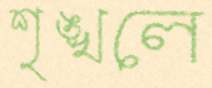
শৃঙ্খলে